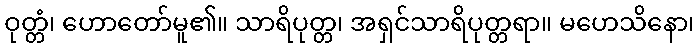
ဝုတ္တံ၊ ဟောတော်မူ၏။ သာရိပုတ္တ၊ အရှင်သာရိပုတ္တရာ။ မဟေသိနော၊